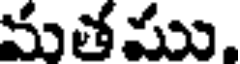
మతము,